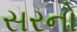
સરનો